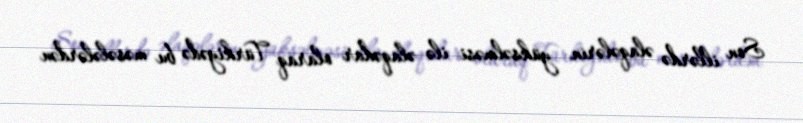
Son illərdə əlaqələrin yüksəlməsi ilə əlaqədar olaraq Türkiyədə bu məsələlərdən